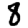
Digit: 8